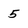
Character: 5